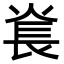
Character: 㷃